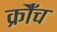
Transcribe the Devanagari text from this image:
क्रौँच